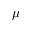
\mu